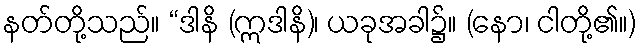
နတ်တို့သည်။ “ဒါနိ (ဣဒါနိ)၊ ယခုအခါ၌။ (နော၊ ငါတို့၏။)